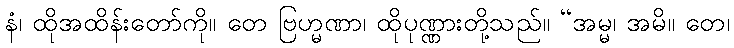
နံ၊ ထိုအထိန်းတော်ကို။ တေ ဗြဟ္မဏာ၊ ထိုပုဏ္ဏားတို့သည်။ “အမ္မ၊ အမိ။ တေ၊